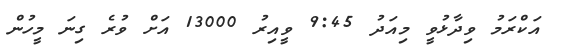
އަކްރަމު ވިދާޅުވީ މިއަދު 9:45 ވީއިރު 13000 އަށް ވުރެ ގިނަ މީހުން